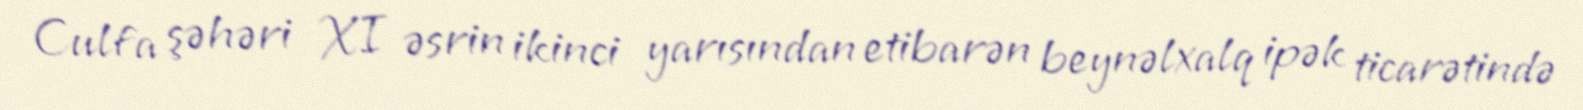
Culfa şəhəri XI əsrin ikinci yarısından etibarən beynəlxalq ipək ticarətində